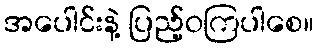
အပေါင်းနဲ့ ပြည့်ဝကြပါစေ။